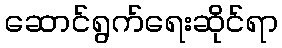
ဆောင်ရွက်ရေးဆိုင်ရာ